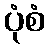
ပုံစံ